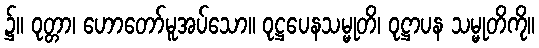
၌။ ဝုတ္တာ၊ ဟောတော်မူအပ်သော။ ဝုဋ္ဌပေနသမ္မုတိ၊ ဝုဋ္ဌာပန သမ္မုတိကို။